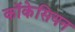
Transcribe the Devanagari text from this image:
कॉकेसियन